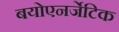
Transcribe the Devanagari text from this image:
बयोएनर्जेटिक